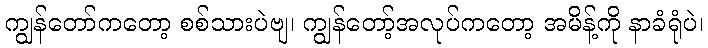
ကျွန်တော်ကတော့ စစ်သားပဲဗျ၊ ကျွန်တော့်အလုပ်ကတော့ အမိန့်ကို နာခံရုံပဲ၊